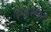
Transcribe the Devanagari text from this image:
निरुक्तगत